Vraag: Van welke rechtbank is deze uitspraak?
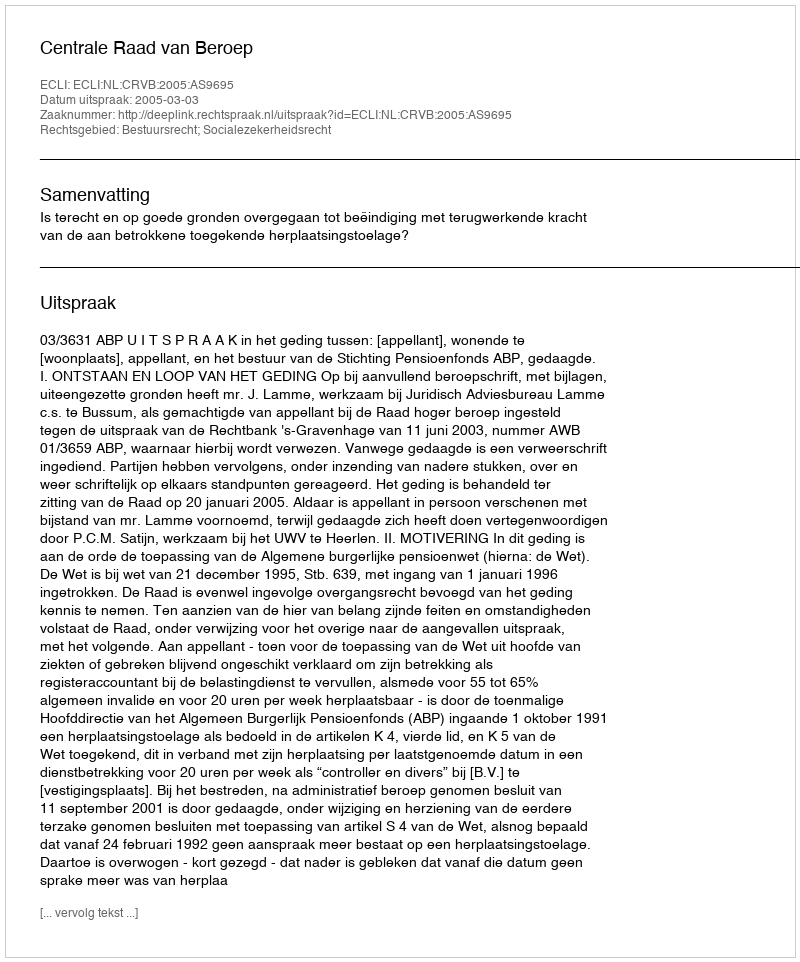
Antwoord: Centrale Raad van Beroep